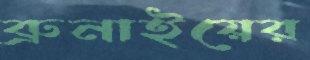
ব্রুনাইয়ের